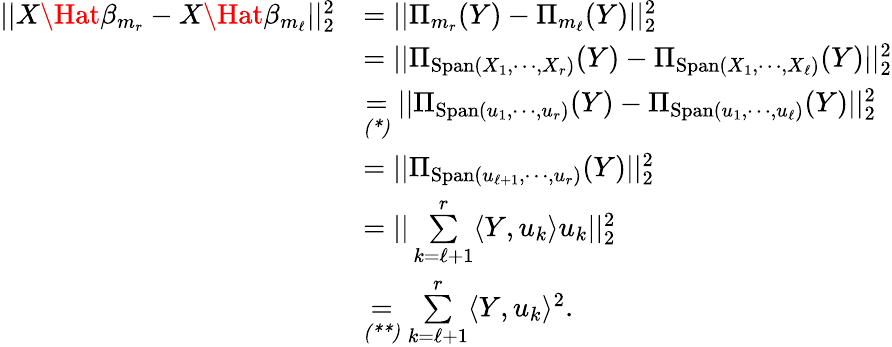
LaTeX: \begin{array}{rl}{||X\Hat{\beta}_{m_{r}}-X\Hat{\beta}_{m_{\ell}}||_{2}^{2}}&{=||\Pi_{m_{r}}(Y)-\Pi_{m_{\ell}}(Y)||_{2}^{2}}\\ &{=||\Pi_{\mathrm{Span}(X_{1},\cdots,X_{r})}(Y)-\Pi_{\mathrm{Span}(X_{1},\cdots,X_{\ell})}(Y)||_{2}^{2}}\\ &{\underset{\textit{(*)}}{=}||\Pi_{\mathrm{Span}(u_{1},\cdots,u_{r})}(Y)-\Pi_{\mathrm{Span}(u_{1},\cdots,u_{\ell})}(Y)||_{2}^{2}}\\ &{=||\Pi_{\mathrm{Span}(u_{\ell+1},\cdots,u_{r})}(Y)||_{2}^{2}}\\ &{=||\underset{k=\ell+1}{\overset{r}{\sum}}\langle Y,u_{k}\rangle u_{k}||_{2}^{2}}\\ &{\underset{\textit{(**)}}{=}\underset{k=\ell+1}{\overset{r}{\sum}}\langle Y,u_{k}\rangle^{2}.}\end{array}